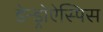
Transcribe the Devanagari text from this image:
डेन्ड्रोऐस्पिस